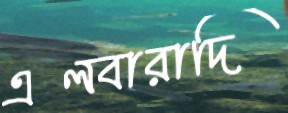
এলবারাদি